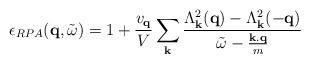
LaTeX: \begin{align*}\epsilon_{RPA}({\bf{q}}, {\tilde{\omega}}) = 1 + \frac{ v_{ {\bf{q}} } }{V}\sum_{ {\bf{k}} }\frac{ \Lambda^{2}_{ {\bf{k}} }({\bf{q}}) - \Lambda^{2}_{ {\bf{k}} }(-{\bf{q}}) }{ {\tilde{\omega}} - \frac{ {\bf{k.q}} }{m} }\end{align*}